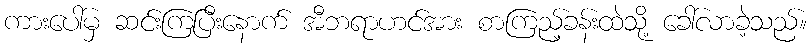
ကားပေါ်မှ ဆင်းကြပြီးနောက် အီဘရာဟင်အား စာကြည့်ခန်းထဲသို့ ခေါ်လာခဲ့သည်။